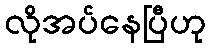
လိုအပ်နေပြီဟု